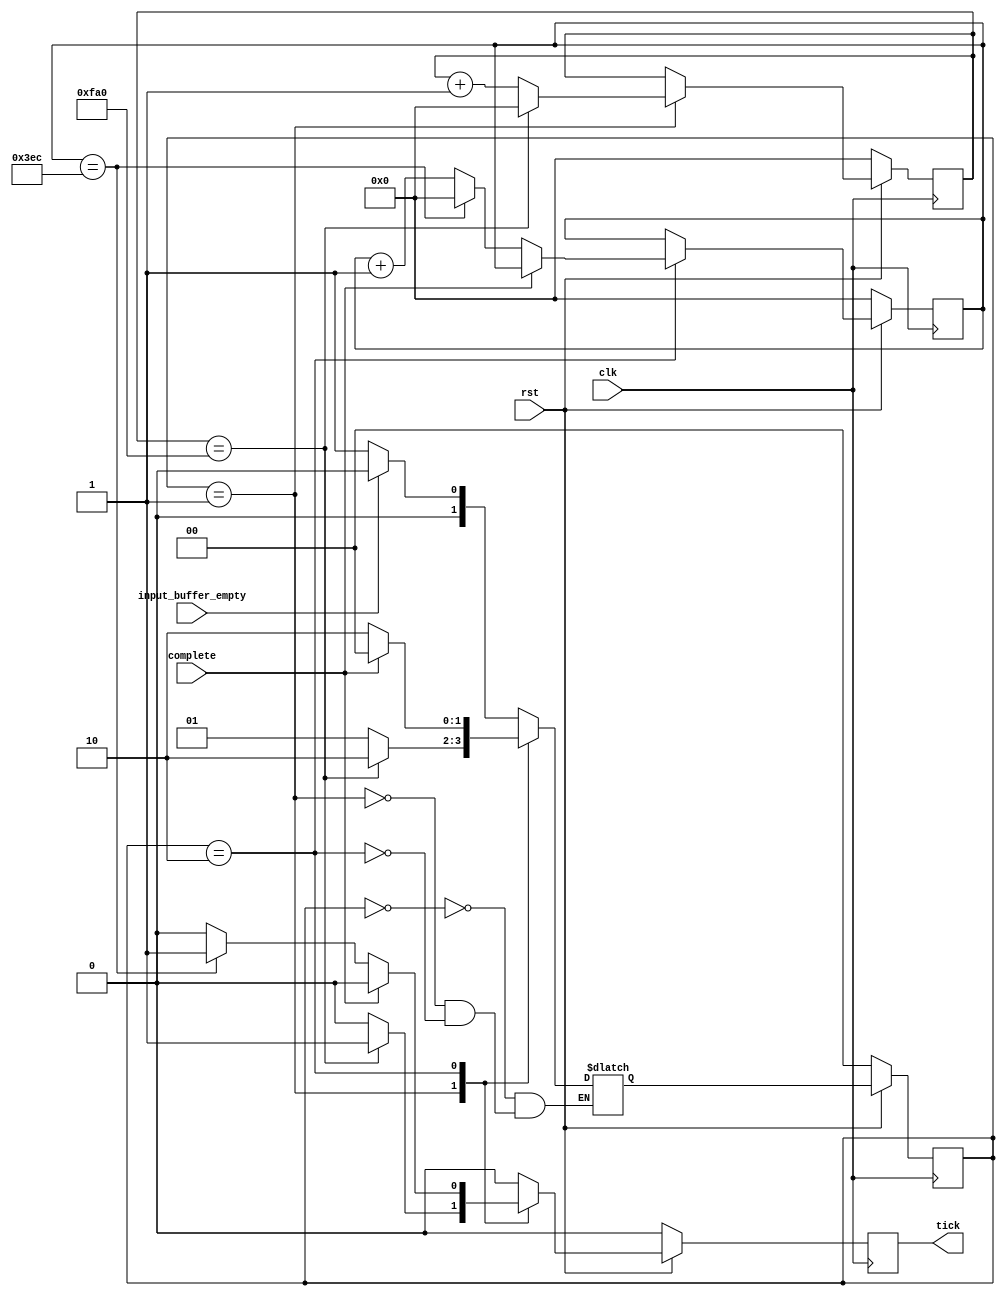
module cnt (
    input   clk,
    input   rst,
    input   input_buffer_empty,
    input   complete,
    output  tick
);
    localparam  [1:0]   IDLE      = 2'b00,
                        TICK1     = 2'b01,
                        TICK2     = 2'b10;

    reg [31:0]  cnt1_reg, cnt1_next;
    reg [31:0]  cnt2_reg, cnt2_next;
    reg         tick_reg, tick_next;
    reg [1:0]   state_reg, state_next;

    always @(posedge clk) begin
        if (!rst) begin
            tick_reg    <= 0;
            cnt1_reg    <= 0;
            cnt2_reg    <= 0;
            state_reg   <= IDLE;
        end
        else begin
            tick_reg    <= tick_next;
            cnt1_reg    <= cnt1_next;
            cnt2_reg    <= cnt2_next;
            state_reg   <= state_next;
        end
    end

    always @(*) begin
        tick_next = 1'b0;
        cnt1_next = cnt1_reg;
        cnt2_next = cnt2_reg;
        case (state_reg)
            IDLE:begin
                if(!input_buffer_empty)
                    state_next = TICK1;
                else
                    state_next = IDLE;
            end
            TICK1:begin
                if (cnt1_reg == 32'hfa0)begin
                    tick_next   = 1'b1;
                    state_next  = TICK2;
                    cnt1_next   = 0;
                end
                else begin
                    state_next  = TICK1;
                    cnt1_next   = cnt1_reg + 1'b1;
                end
            end
            TICK2:begin
                if (complete)
                    state_next  = IDLE;
                else begin
                    state_next  = TICK2;
                    if (cnt2_reg == 32'h3ec) begin
                        tick_next = 1'b1;
                        cnt2_next = 0;
                    end
                    else
                        cnt2_next = cnt2_reg + 1'b1;
                end
            end
        endcase
    end

    assign tick = tick_reg;

endmodule